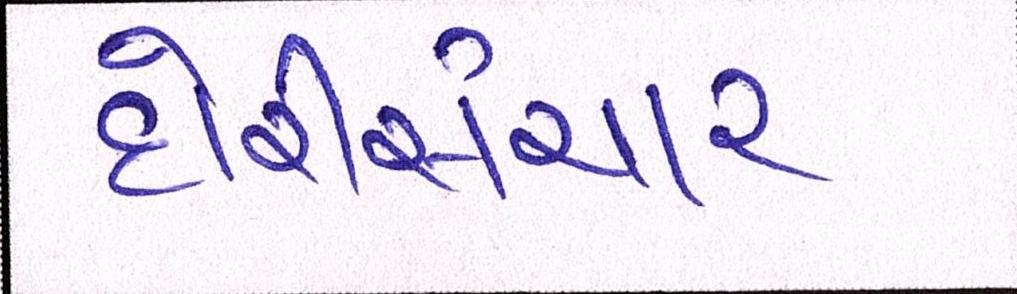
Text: દોરીસંચાર